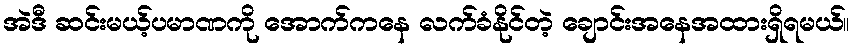
အဲဒီ ဆင်းမယ့်ပမာဏကို အောက်ကနေ လက်ခံနိုင်တဲ့ ချောင်းအနေအထားရှိရမယ်။